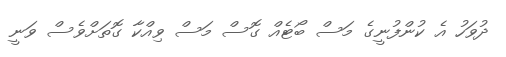
ދުވަހު އެ ކުންފުނީގެ މަސް ބޯޓެއް ގޮސް މަސް ވިއްކާ ގޮތަށްވެސް ވަނީ